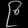
Digit: ၉